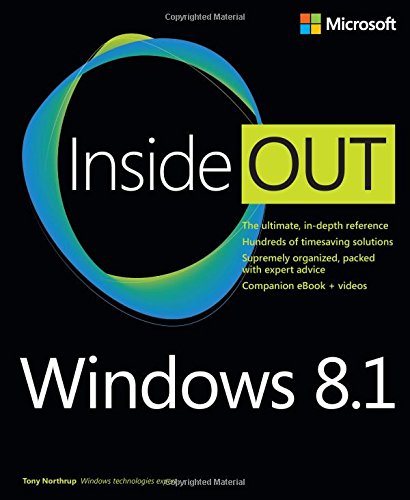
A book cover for Windows 8.1 Inside Out; Tony Northrup; Computers & Technology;